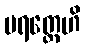
ပရတ္ထေဟိ